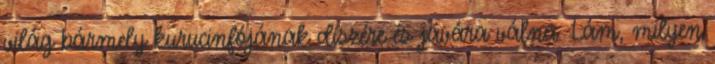
világ bármely kurucinfójának díszére és javára válna. Lám, milyen